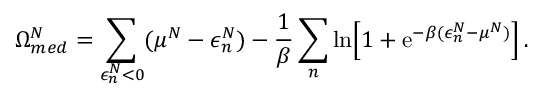
\Omega _ { m e d } ^ { N } = \sum _ { \epsilon _ { n } ^ { N } < 0 } ( \mu ^ { N } - \epsilon _ { n } ^ { N } ) - { \frac { 1 } { \beta } } \sum _ { n } \ln \Bigl [ 1 + \mathrm { e } ^ { - \beta ( \epsilon _ { n } ^ { N } - \mu ^ { N } ) } \Bigr ] \, .